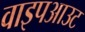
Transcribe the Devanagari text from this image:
वाइपआउट